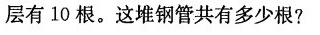
层有10根。这堆钢管共有多少根？